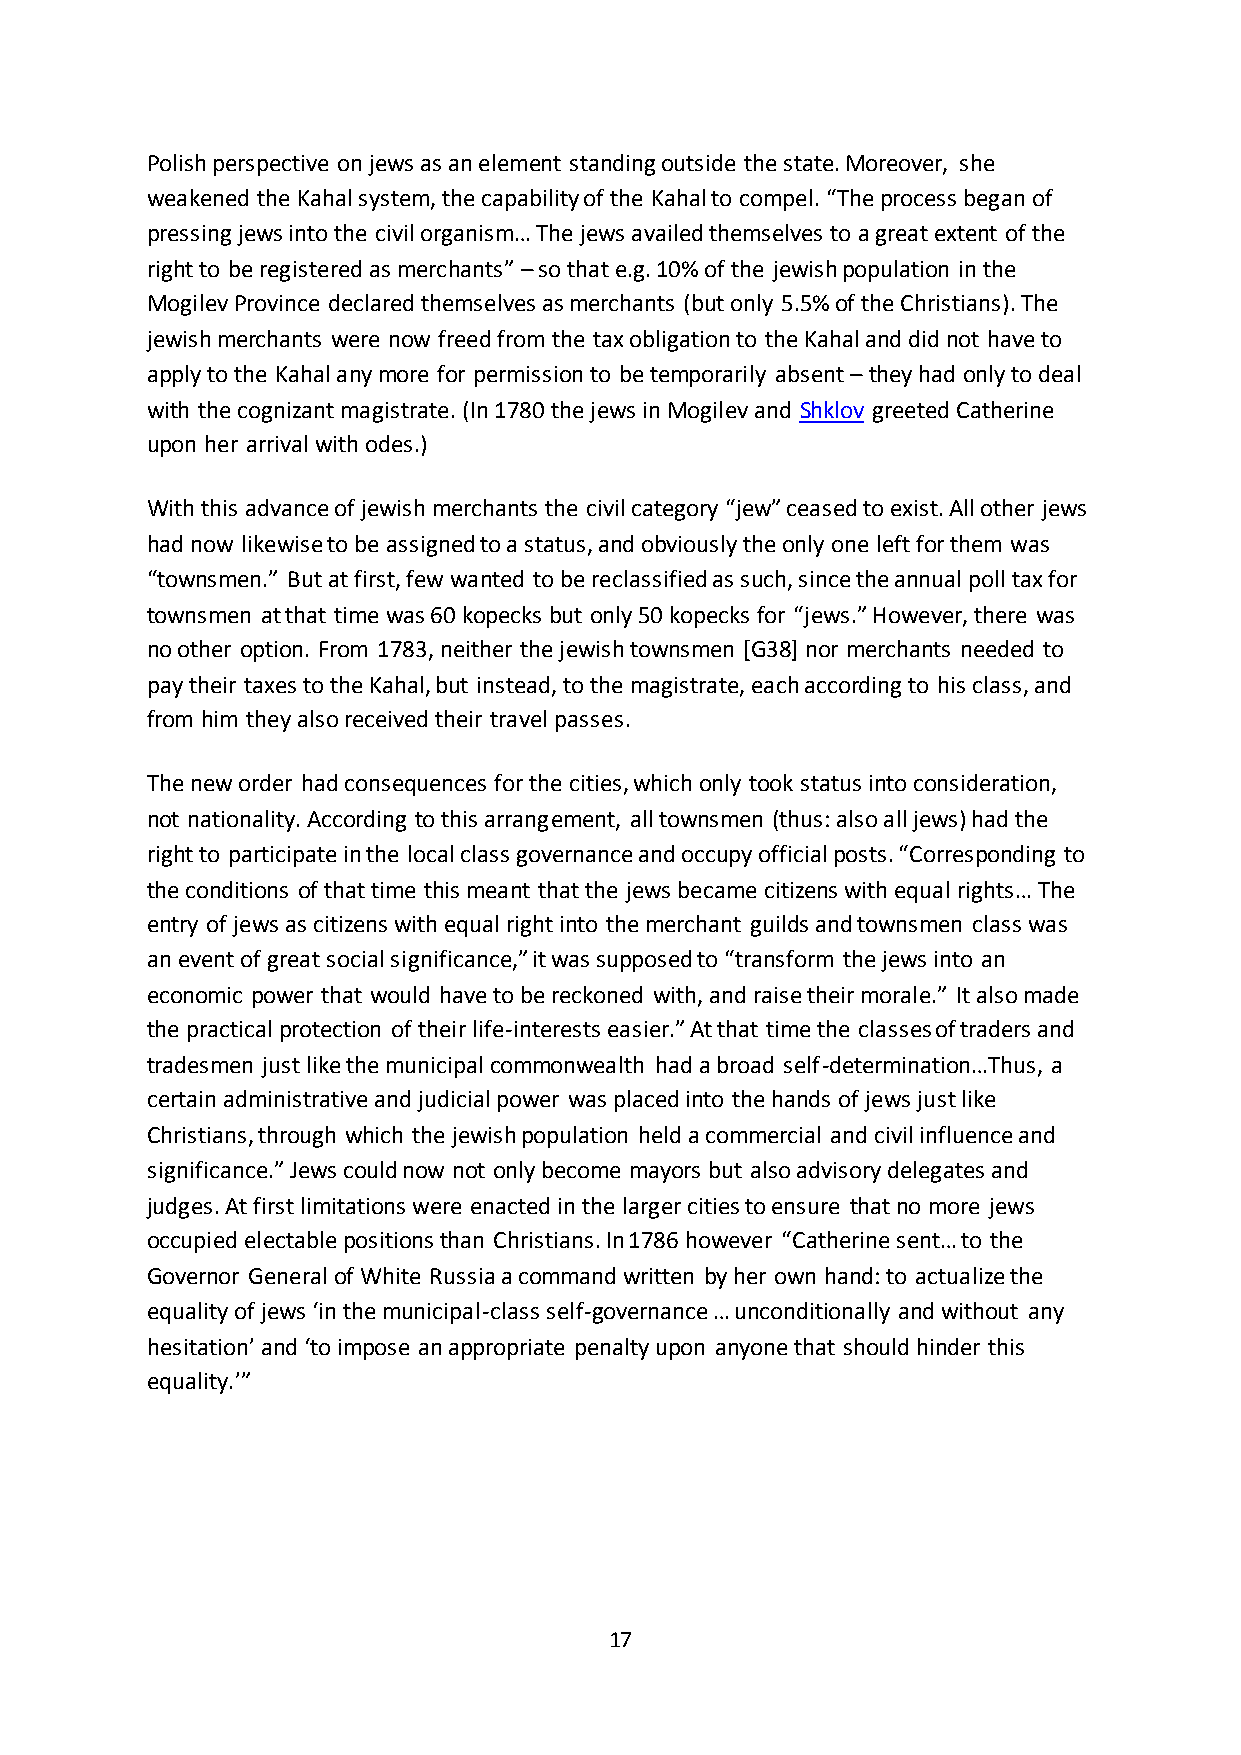
Polish perspective on jews as an element standing outside the state. Moreover, she
 weakened the Kahal system, the capability of the Kahal to compel. “The process began of
 pressing jews into the civil organism… The jews availed themselves to a great extent of the
 right to be registered as merchants” – so that e.g. 10% of the jewish population in the
 Mogilev Province declared themselves as merchants (but only 5.5% of the Christians). The
 jewish merchants were now freed from the tax obligation to the Kahal and did not have to
 apply to the Kahal any more for permission to be temporarily absent – they had only to deal
 with the cognizant magistrate. (In 1780 the jews in Mogilev and Shklov greeted Catherine
 upon her arrival with odes.)
 With this advance of jewish merchants the civil category “jew” ceased to exist. All other jews
 had now likewise to be assigned to a status, and obviously the only one left for them was
 “townsmen.” But at first, few wanted to be reclassified as such, since the annual poll tax for
 townsmen at that time was 60 kopecks but only 50 kopecks for “jews.” However, there was
 no other option. From 1783, neither the jewish townsmen [G38] nor merchants needed to
 pay their taxes to the Kahal, but instead, to the magistrate, each according to his class, and
 from him they also received their travel passes.
 The new order had consequences for the cities, which only took status into consideration,
 not nationality. According to this arrangement, all townsmen (thus: also all jews) had the
 right to participate in the local class governance and occupy official posts. “Corresponding to
 the conditions of that time this meant that the jews became citizens with equal rights… The
 entry of jews as citizens with equal right into the merchant guilds and townsmen class was
 an event of great social significance,” it was supposed to “transform the jews into an
 economic power that would have to be reckoned with, and raise their morale.” It also made
 the practical protection of their life-interests easier.” At that time the classes of traders and
 tradesmen just like the municipal commonwealth had a broad self-determination…Thus, a
 certain administrative and judicial power was placed into the hands of jews just like
 Christians, through which the jewish population held a commercial and civil influence and
 significance.” Jews could now not only become mayors but also advisory delegates and
 judges. At first limitations were enacted in the larger cities to ensure that no more jews
 occupied electable positions than Christians. In 1786 however “Catherine sent… to the
 Governor General of White Russia a command written by her own hand: to actualize the
 equality of jews ‘in the municipal-class self-governance … unconditionally and without any
 hesitation’ and ‘to impose an appropriate penalty upon anyone that should hinder this
 equality.’”
 17